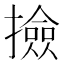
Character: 撿